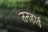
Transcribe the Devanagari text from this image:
तनहाई